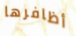
أظافرها